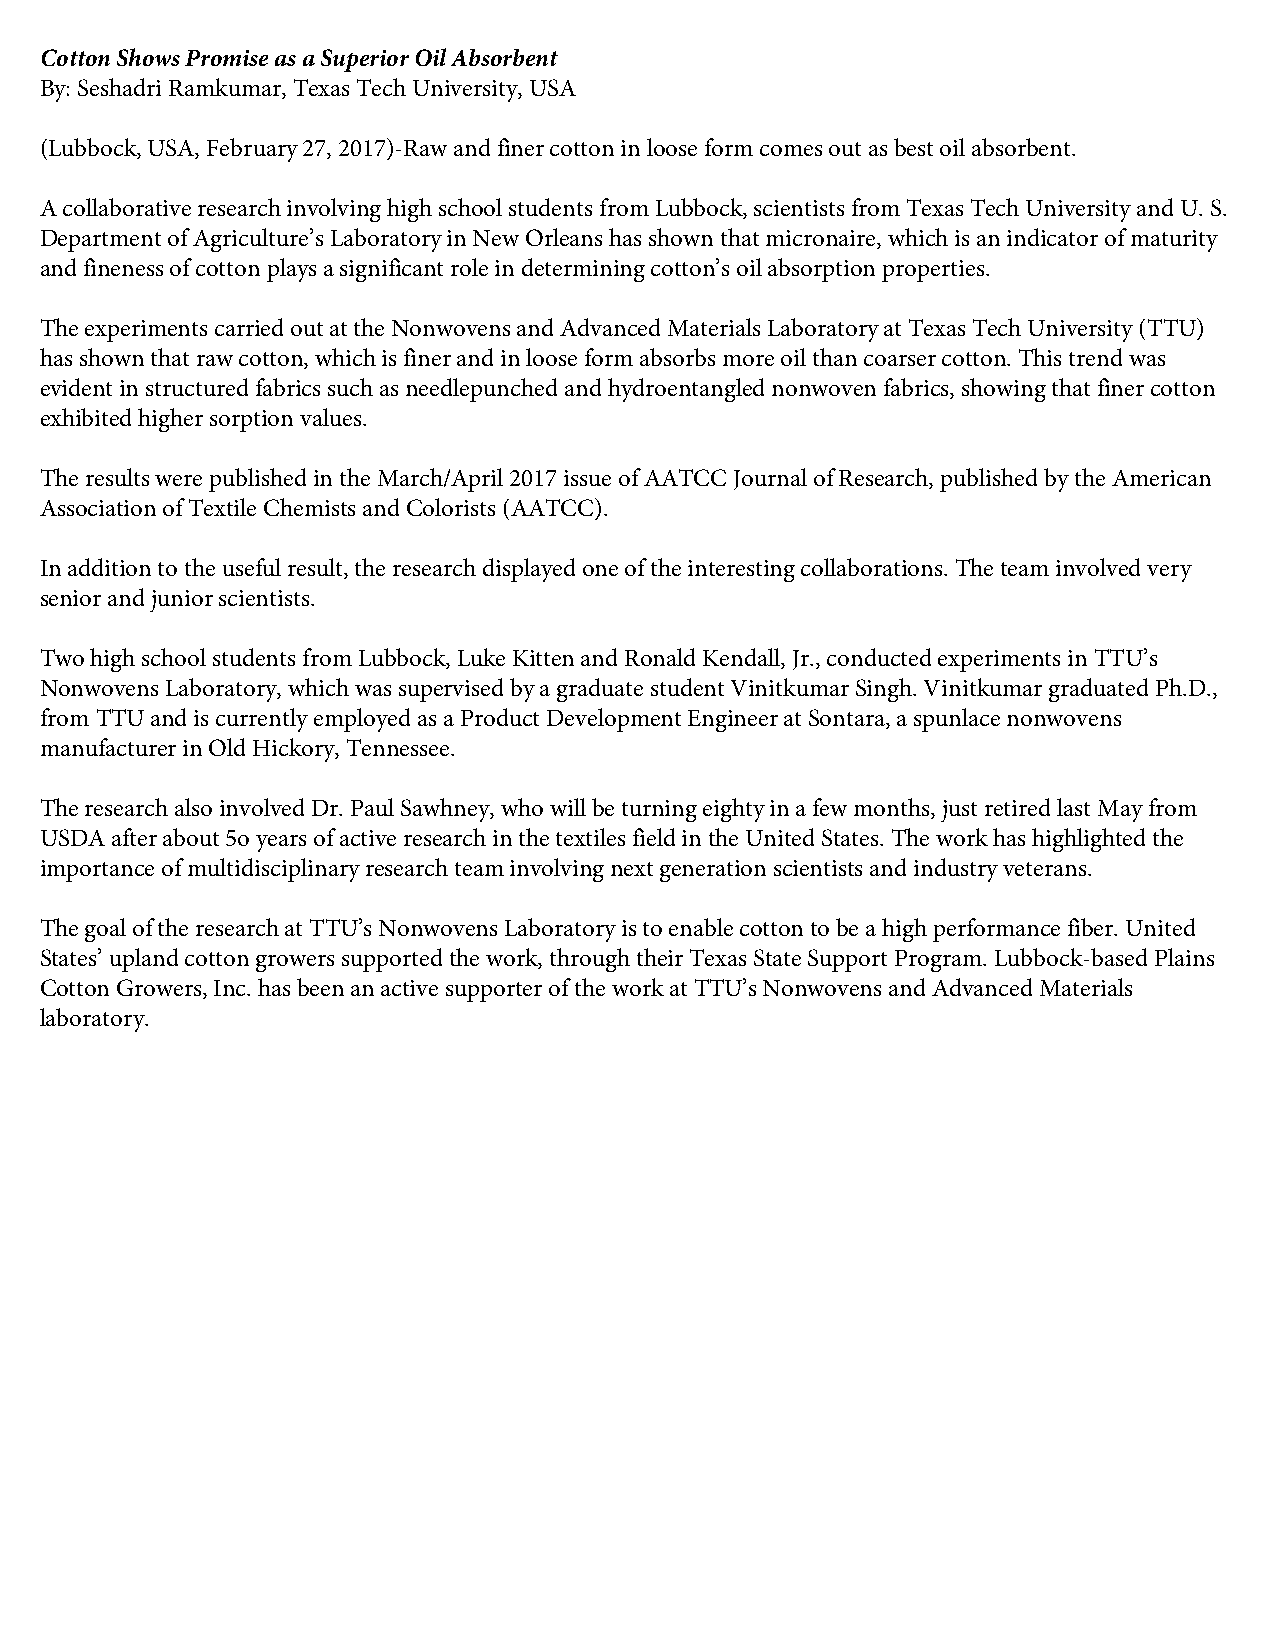
Cotton Shows Promise as a Superior Oil Absorbent
 By: Seshadri Ramkumar, Texas Tech University, USA
 (Lubbock, USA, February 27, 2017)-Raw and finer cotton in loose form comes out as best oil absorbent.
 A collaborative research involving high school students from Lubbock, scientists from Texas Tech University and U. S.
 Department of Agriculture’s Laboratory in New Orleans has shown that micronaire, which is an indicator of maturity
 and fineness of cotton plays a significant role in determining cotton’s oil absorption properties.
 The experiments carried out at the Nonwovens and Advanced Materials Laboratory at Texas Tech University (TTU)
 has shown that raw cotton, which is finer and in loose form absorbs more oil than coarser cotton. This trend was
 evident in structured fabrics such as needlepunched and hydroentangled nonwoven fabrics, showing that finer cotton
 exhibited higher sorption values.
 The results were published in the March/April 2017 issue of AATCC Journal of Research, published by the American
 Association of Textile Chemists and Colorists (AATCC).
 In addition to the useful result, the research displayed one of the interesting collaborations. The team involved very
 senior and junior scientists.
 Two high school students from Lubbock, Luke Kitten and Ronald Kendall, Jr., conducted experiments in TTU’s
 Nonwovens Laboratory, which was supervised by a graduate student Vinitkumar Singh. Vinitkumar graduated Ph.D.,
 from TTU and is currently employed as a Product Development Engineer at Sontara, a spunlace nonwovens
 manufacturer in Old Hickory, Tennessee.
 The research also involved Dr. Paul Sawhney, who will be turning eighty in a few months, just retired last May from
 USDA after about 5o years of active research in the textiles field in the United States. The work has highlighted the
 importance of multidisciplinary research team involving next generation scientists and industry veterans.
 The goal of the research at TTU’s Nonwovens Laboratory is to enable cotton to be a high performance fiber. United
 States’ upland cotton growers supported the work, through their Texas State Support Program. Lubbock-based Plains
 Cotton Growers, Inc. has been an active supporter of the work at TTU’s Nonwovens and Advanced Materials
 laboratory.